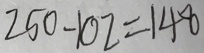
2 5 0 - 1 0 2 = 1 4 8